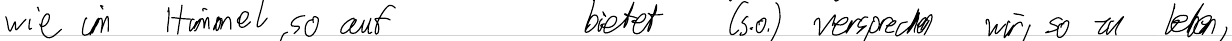
wie im Himmel, so auf     bietet (s.o.) versprechen wir, so zu leben,